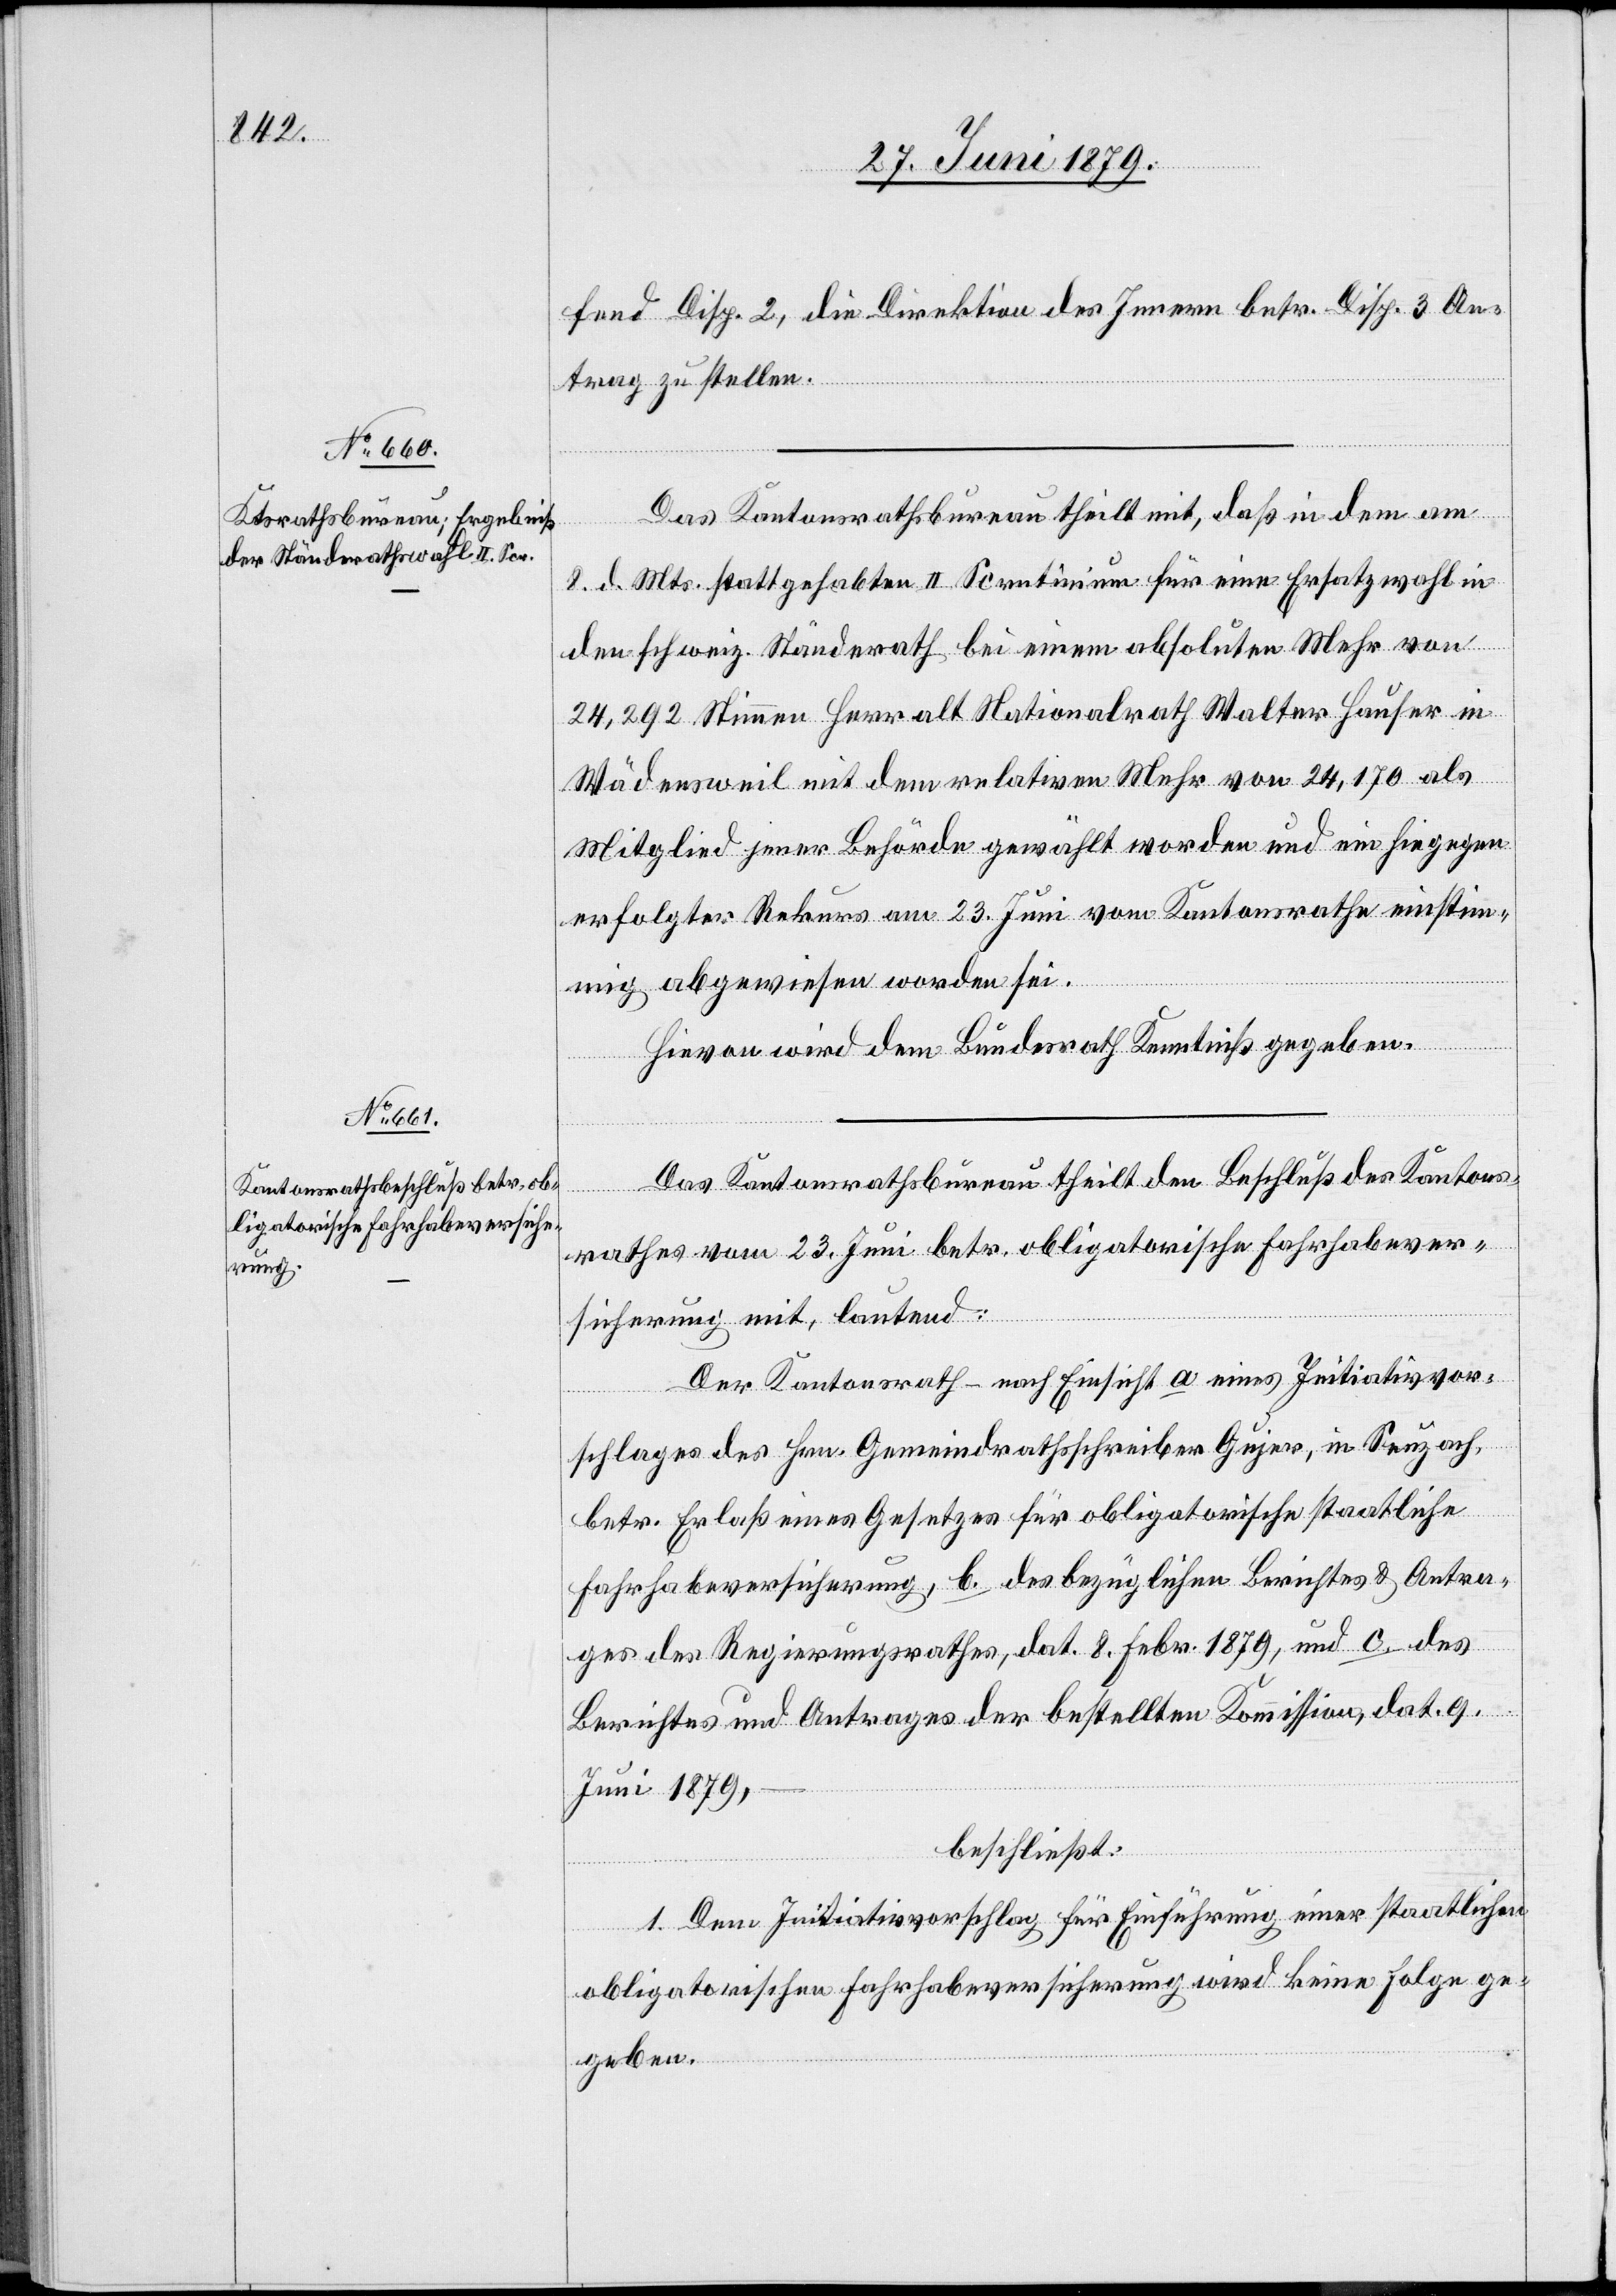
fend Disp. 2, die Direktion des Innern betr. Disp. 3 An¬
trag zu stellen.
Das Kantonsrathsbureau theilt mit, daß in dem am
8. d. Mts. stattgehabten II. Scrutinium für eine Ersatzwahl in
den schweiz. Ständerath bei einem absoluten Mehr von
24,292 Stimmen Herr alt Nationalrath Walter Hauser in
Wädensweil mit dem relativen Mehr von 24,170 als
Mitglied jener Behörde gewählt worden und ein hiegegen
erfolgter Rekurs am 23. Juni vom Kantonsrathe einstim¬
mig abgewiesen worden sei.
Hievon wird dem Bundesrath Kenntniß gegeben.
Das Kantonsrathsbureau theilt den Beschluß des Kantons¬
rathes vom 23. Juni betr. obligatorische Fahrhabever¬
sicherung mit, lautend:
Der Kantonsrath – nach Einsicht a. eines Initiativvor¬
schlages des Hrn. Gemeindrathsschreiber Gujer, in Seuzach,
betr. Erlaß eines Gesetzes für obligatorische staatliche
Fahrhabeversicherung, b. des bezüglichen Berichtes & Antra¬
ges des Regierungsrathes, dat. 8. Febr. 1879, und c. des
Berichtes und Antrages der bestellten Kommission, dat. 9.
Juni 1879,
–
beschließt:
1. Dem Initiativvorschlag für Einführung einer staatlichen
obligatorischen Fahrhabeversicherung wird keine Folge ge¬
geben.